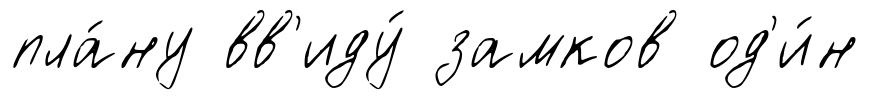
пла́ну вв'иду́ замков од'и́н